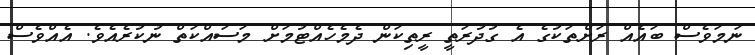
ނަމަވެސް ބައެއް ރަށްތަކުގެ އެ ގުދުރަތީ ރީތިކަން ދެމެހެއްޓުމަށް މަސައްކަތް ނުކުރެއެވެ. އެއްވެސް